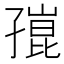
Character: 𡦒